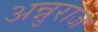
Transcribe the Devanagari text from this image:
अन्नुराज